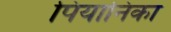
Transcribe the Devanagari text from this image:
पियानिका